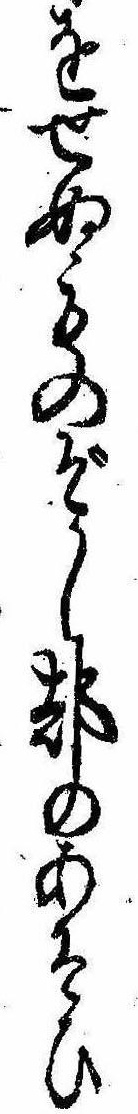
をせぬものぞかし都のあそひ